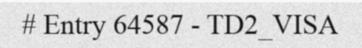
# Entry 64587 - TD2_VISA